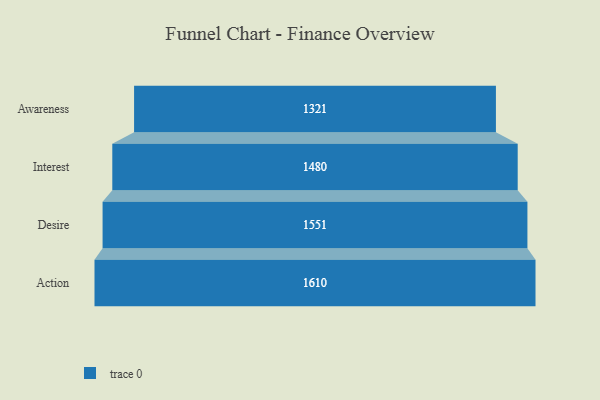
{"axis": {"x": "Stage", "y": "Value"}, "legend": [""], "data": [{"x": "Awareness", "y": 1321.0, "type": ""}, {"x": "Interest", "y": 1480.0, "type": ""}, {"x": "Desire", "y": 1551.0, "type": ""}, {"x": "Action", "y": 1610.0, "type": ""}]}